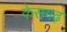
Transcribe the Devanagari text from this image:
केसगढ़